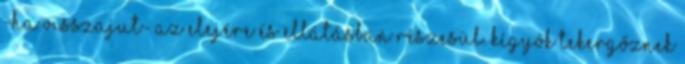
-ha visszajut- az elejére és ellátásban részesül. Kígyók tekergőznek